DOW-UAP-D48, Department of the Air Force Report, 1996
Agency: Department of War
Incident date: 9/10/96
Page 57
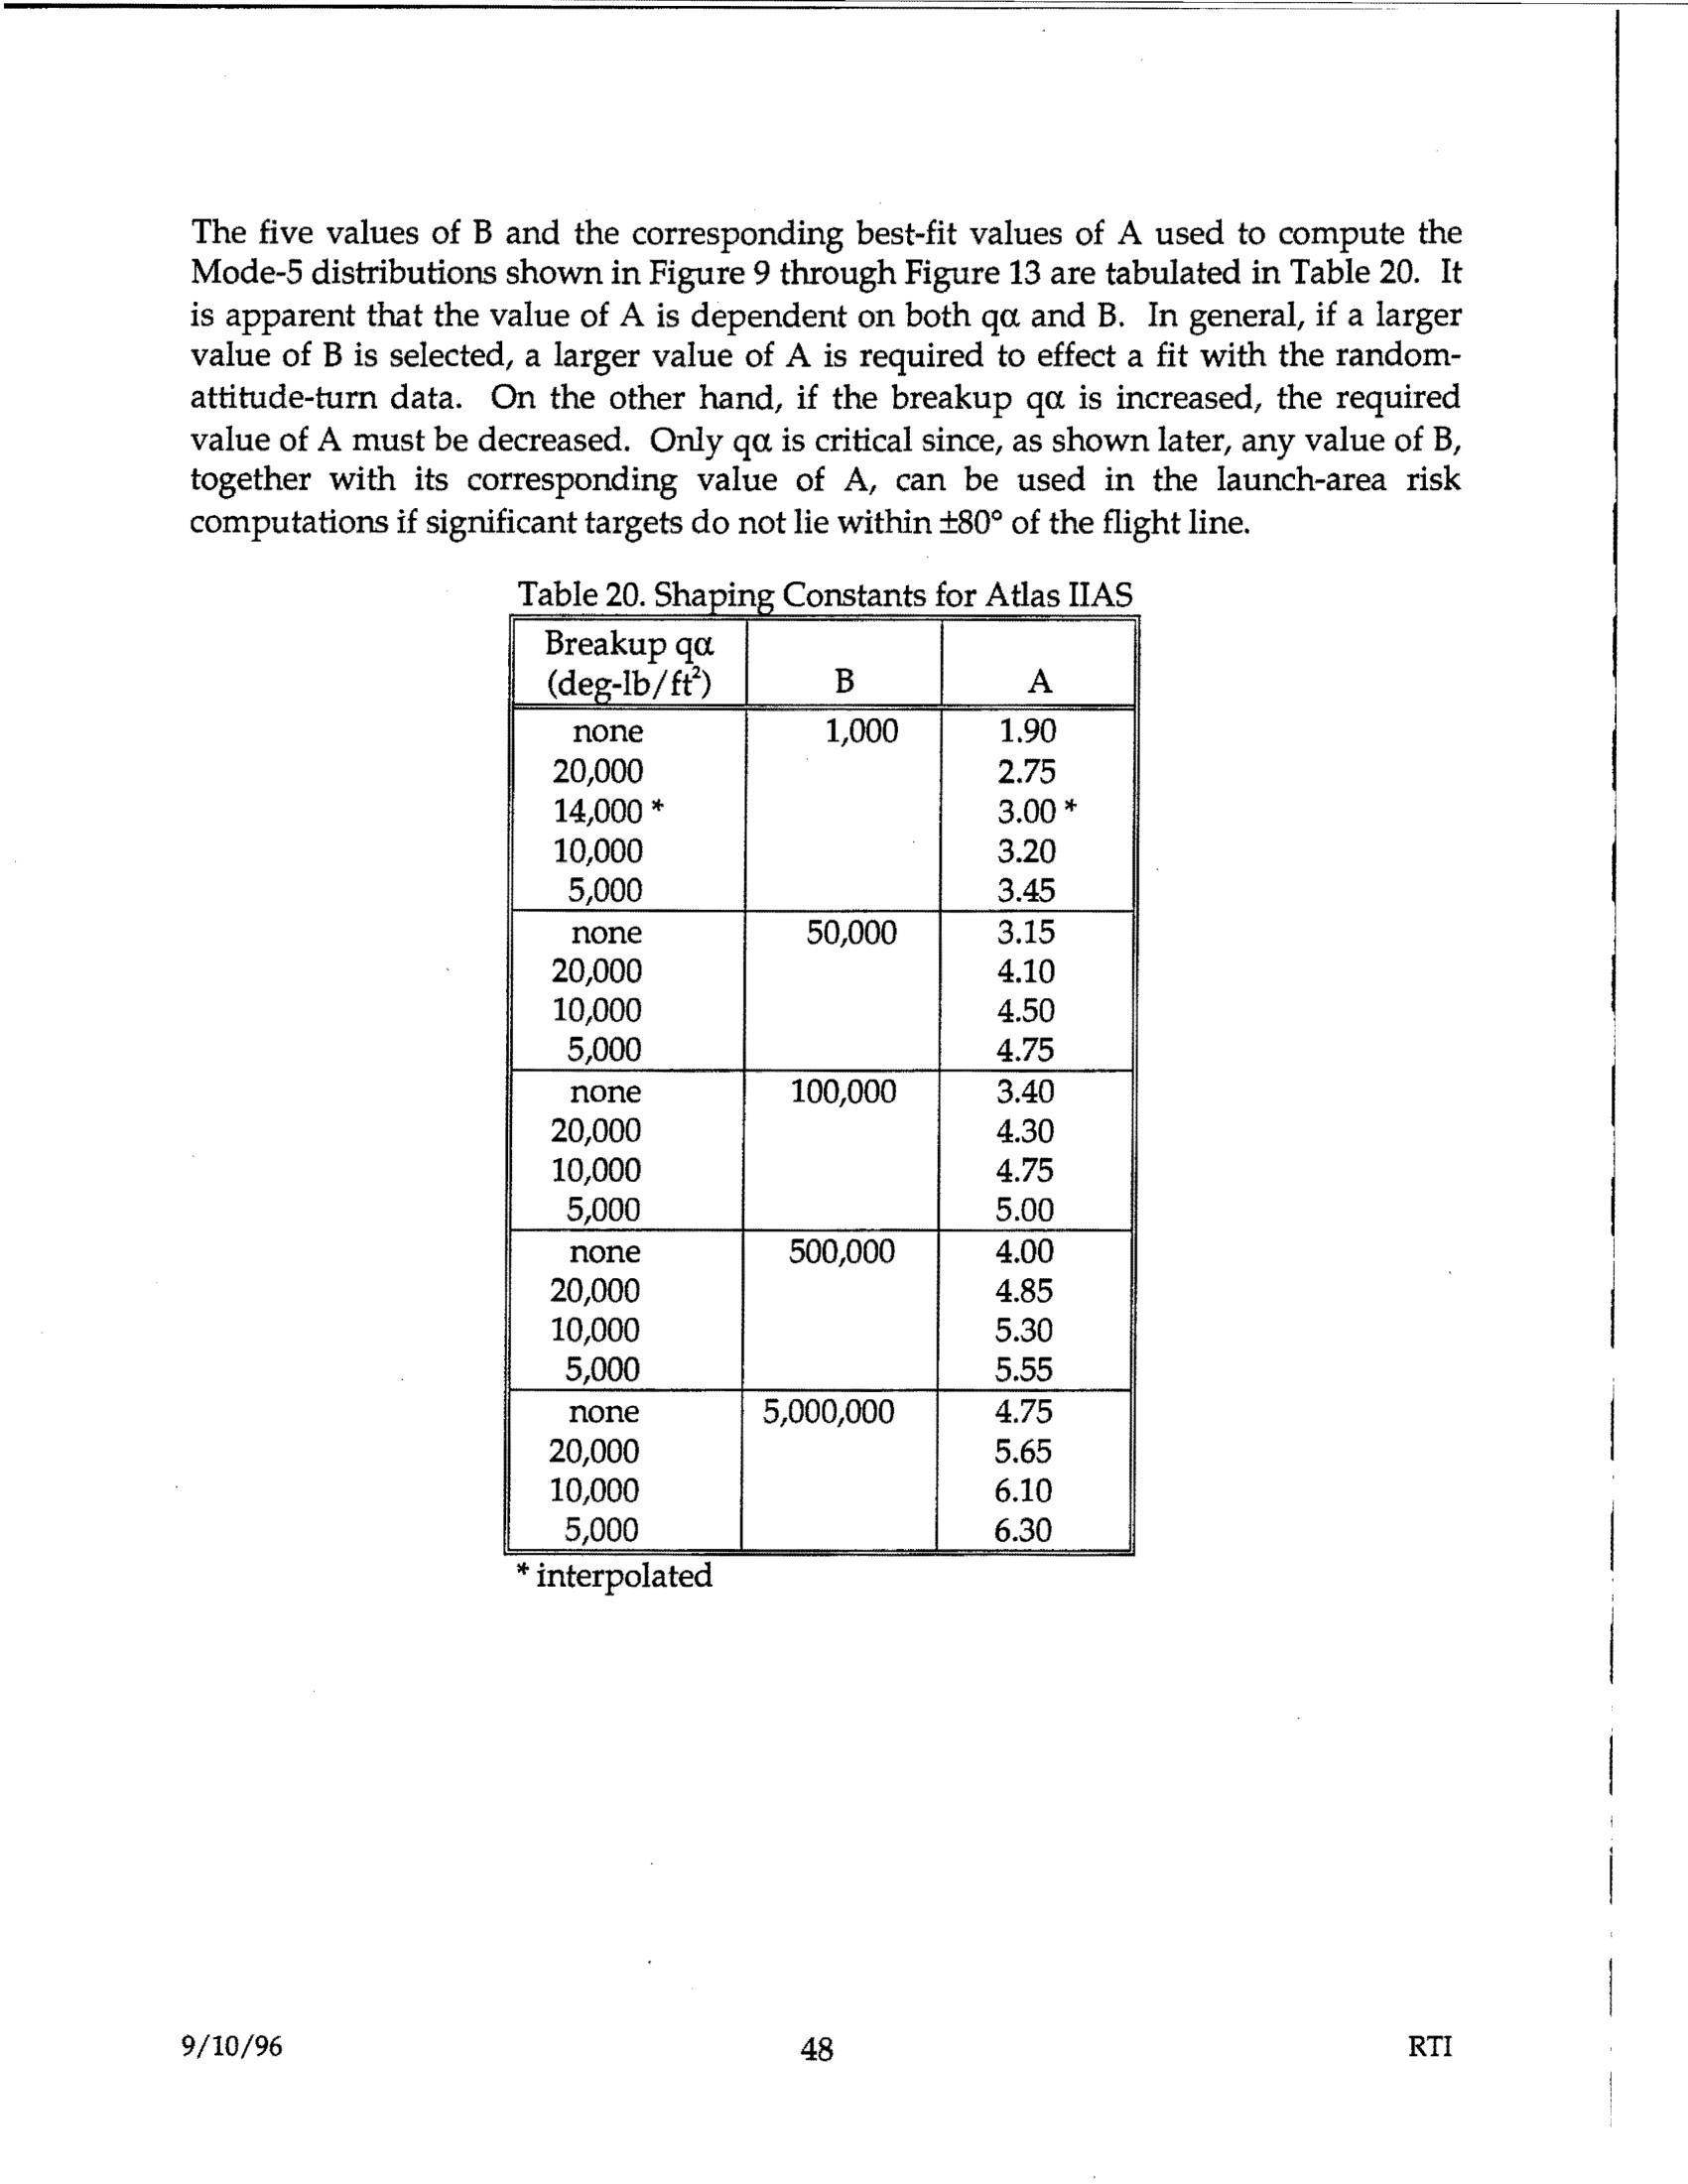